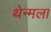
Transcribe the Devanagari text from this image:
थेन्मला